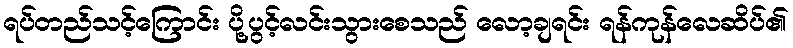
ရပ်တည်သင့်ကြောင်း ပို့ပွင့်လင်းသွားစေသည် လော့ချရင်း ရန်ကုန်လေဆိပ်၏